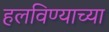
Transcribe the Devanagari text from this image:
हलविण्याच्या